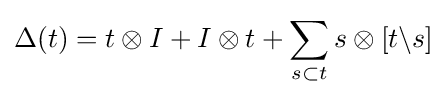
\Delta (t)=t\otimes I+I\otimes t+\sum _{s\subset t}s\otimes [t\backslash s]